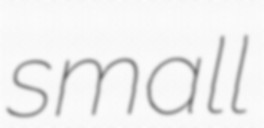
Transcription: small